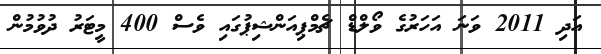
އަދި 2011 ވަނަ އަހަރުގެ ވޯލްޑް ޗެމްޕިއަންޝިޕުގައި ވެސް 400 މީޓަރު ދުވުމުން